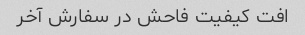
افت کیفیت فاحش در سفارش آخر